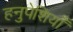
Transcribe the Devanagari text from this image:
हनुपेशियाँ